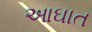
આઘાત